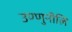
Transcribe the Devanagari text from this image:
उण्णुनीलि